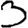
Digit: 3